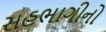
સહભાગીનો